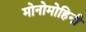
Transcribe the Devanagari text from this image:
मोनोमोहिनी